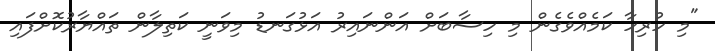
"މި ހުރިހާ ކަމެއްވެގެން މި ހިސާބަށް އަންނައިރު އަޅުގަނޑު މިވަނީ ކަތިލާން ތައްޔާރުކޮށްފައި